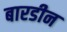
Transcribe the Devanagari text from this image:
बारडीन